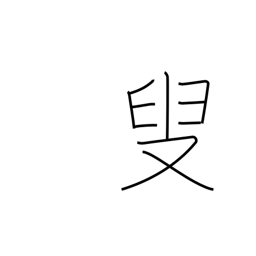
Meaning: old person